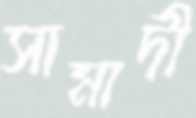
সামাদী